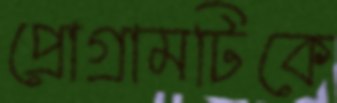
প্রোগ্রামটিকে